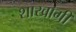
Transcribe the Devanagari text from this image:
शाखाग्री